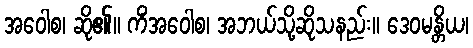
အဝေါစ၊ ဆို၏။ ကိံအဝေါစ၊ အဘယ်သို့ဆိုသနည်း။ ဒေဝမန္တိယ၊